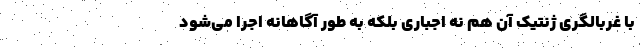
با غربالگری ژنتیک آن هم نه اجباری بلکه به طور آگاهانه اجرا می‌شود